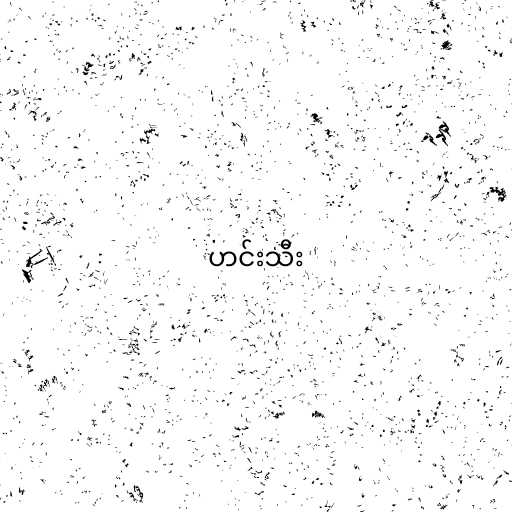
ဟင်းသီး